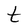
Character: t